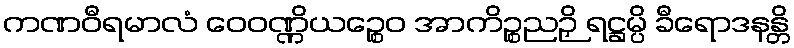
ကဏဝီရမာလံ ဝေဝဏ္ဏိယဉ္စေဝ အာကိဉ္စညဉှိ ရဋ္ဌမ္ပိ ခီရောဒနန္တိ